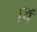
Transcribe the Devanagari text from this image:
यिं